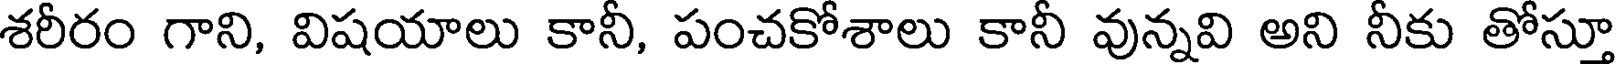
శరీరం గాని, విషయాలు కానీ, పంచకోశాలు కానీ వున్నవి అని నీకు తోస్తూ